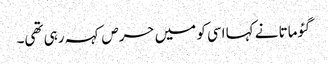
گئوماتا نے کہا اسی کو میں حرص کہہ رہی تھی۔